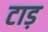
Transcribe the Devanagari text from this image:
टाड़